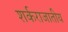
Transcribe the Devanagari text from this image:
शर्कराजातीय